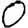
Digit: 0